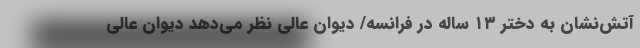
آتش‌نشان به دختر ۱۳ ساله در فرانسه/ دیوان عالی نظر می‌دهد دیوان عالی